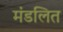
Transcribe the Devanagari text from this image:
मंडलित